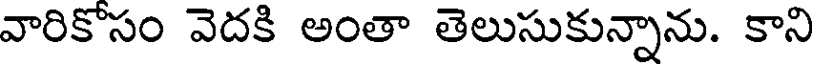
వారికోసం వెదకి అంతా తెలుసుకున్నాను. కాని